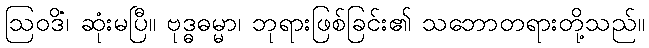
ဩဝဒိံ၊ ဆုံးမပြီ။ ဗုဒ္ဓဓမ္မာ၊ ဘုရားဖြစ်ခြင်း၏ သဘောတရားတို့သည်။